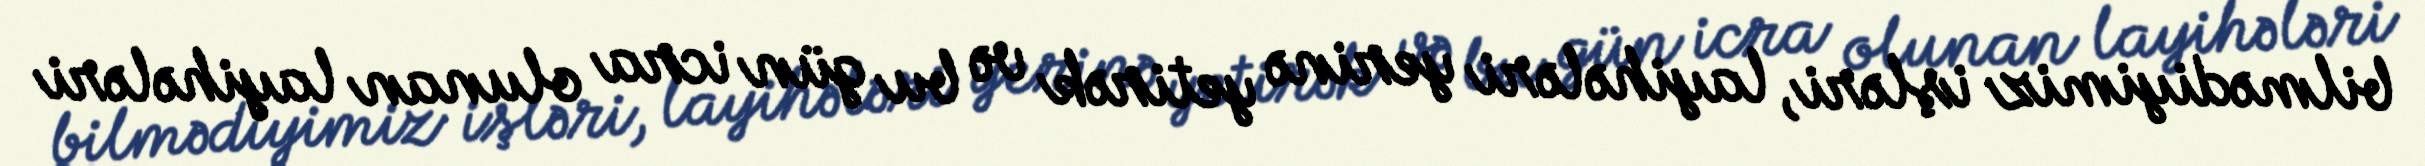
bilmədiyimiz işləri, layihələri yerinə yetirək və bu gün icra olunan layihələri